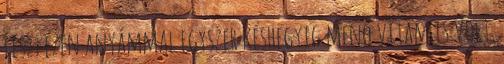
lesz; ezen anyámmal egyszer késhegyig menő vitám is volt.